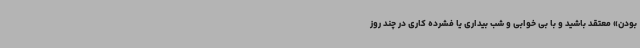
بودن» معتقد باشید و با بی خوابی و شب بیداری یا فشرده کاری در چند روز